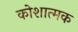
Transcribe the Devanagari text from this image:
कोशात्मक